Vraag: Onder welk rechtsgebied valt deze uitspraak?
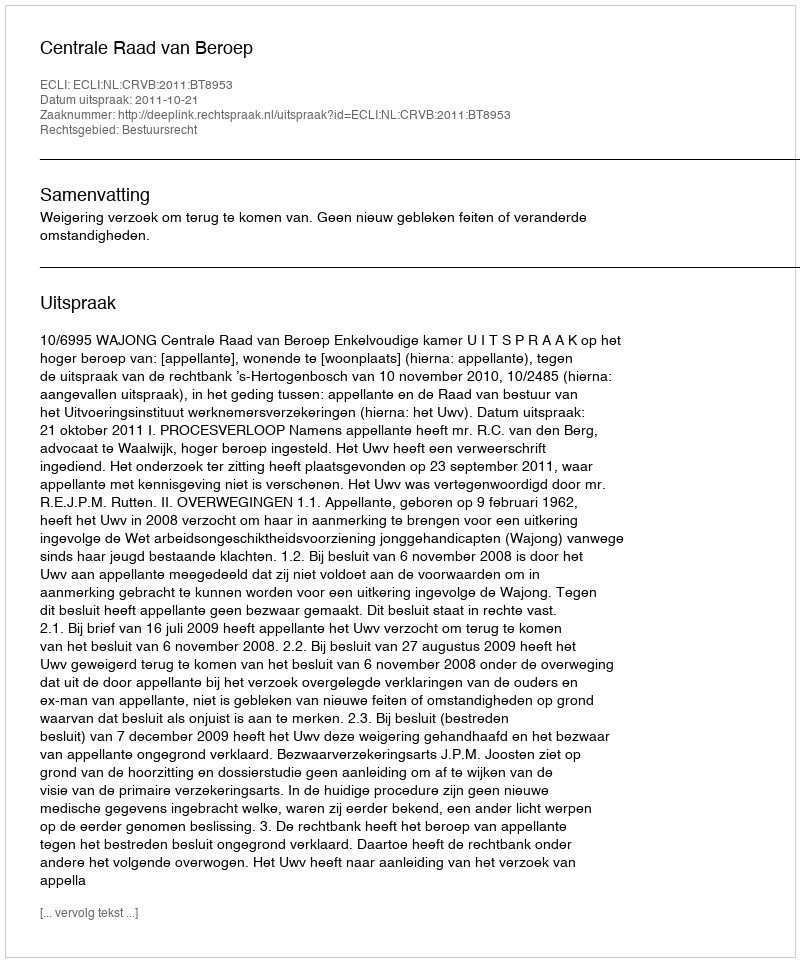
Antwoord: Bestuursrecht